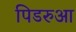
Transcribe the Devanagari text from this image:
पिडरुआ